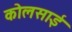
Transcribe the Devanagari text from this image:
कोलसाई